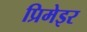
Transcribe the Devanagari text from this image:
प्रिमेइर